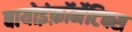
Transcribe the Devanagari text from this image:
बायोइंफ़ॉर्मेटिक्स